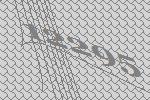
12295